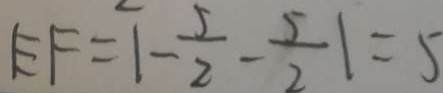
E F = \vert - \frac { 5 } { 2 } - \frac { 5 } { 2 } \vert = 5